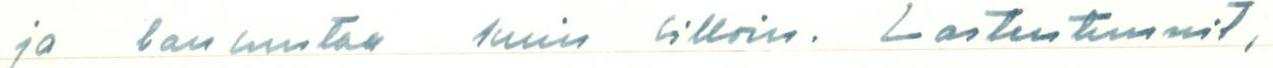
ja lausuntaa kuin silloin. Lastentunnit,